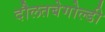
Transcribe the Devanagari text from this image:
दौलतबेगोल्डी